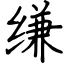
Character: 缣